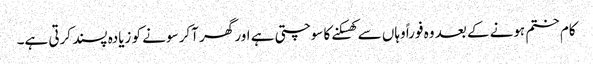
کام ختم ہونے کے بعد وہ فوراً وہاں سے کھسکنے کا سوچتی ہے اور گھر آکر سونے کو زیادہ پسند کرتی ہے۔